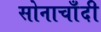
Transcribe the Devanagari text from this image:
सोनाचाँदी